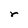
Character: r